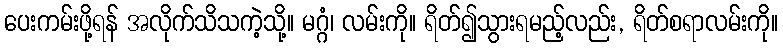
ပေးကမ်းဖို့ရန် အလိုက်သိသကဲ့သို့။ မဂ္ဂံ၊ လမ်းကို။ ရိတ်၍သွားရမည့်လည်း, ရိတ်စရာလမ်းကို။